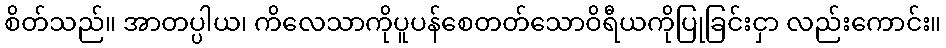
စိတ်သည်။ အာတပ္ပါယ၊ ကိလေသာကိုပူပန်စေတတ်သောဝိရီယကိုပြုခြင်းငှာ လည်းကောင်း။